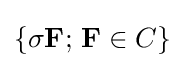
\{\sigma \mathbf {F} ;\,\mathbf {F} \in C\}